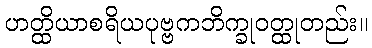
ဟတ္ထိယာစရိယပုဗ္ဗကဘိက္ခုဝတ္ထုတည်း။